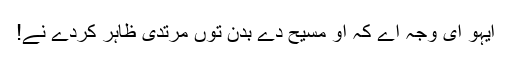
ایہو ای وجہ اے کہ اُو مسیح دے بدن توں مُرتدی ظاہر کردے نے!